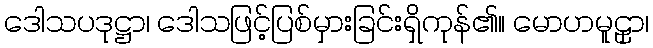
ဒေါသပဒုဋ္ဌာ၊ ဒေါသဖြင့်ပြစ်မှားခြင်းရှိကုန်၏။ မောဟမူဠှာ၊